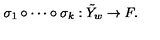
\sigma _ { 1 } \circ \cdots \circ \sigma _ { k } : \tilde { Y } _ { w } \rightarrow F .